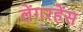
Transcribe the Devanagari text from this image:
लेंगरहेंस